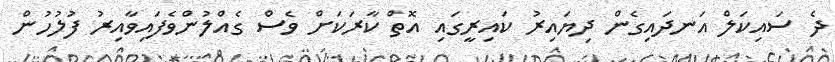
ދެ ސައިކަލް އަނދައިގެން ދިޔައިރު ކައިރީގައި އޮތް ކާރަކަށް ވެސް ގެއްލުންވެފައިވާއިރު ފުލުހުން